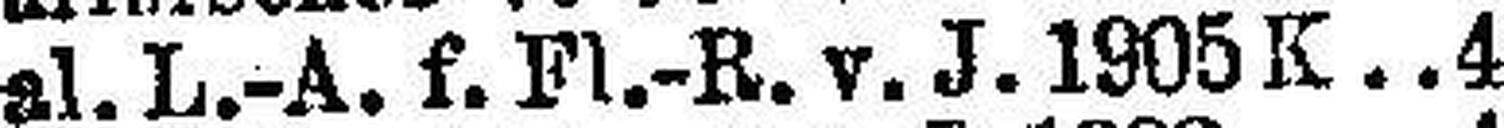
Gal. L.-A. f. Fl.-R. v. J. 1905 K. 4